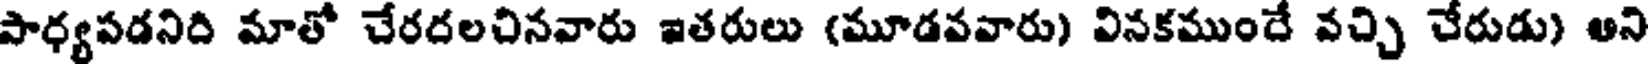
పాధ్యపడనిది మాతో చేరదలచినవారు ఇతరులు (మూడవవారు) వినకముందే వచ్చి చేరుడు) అని